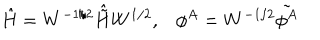
\hat { H } = W ^ { - 1 / 2 } \hat { \tilde { H } } W ^ { 1 / 2 } , \phi ^ { A } = W ^ { - 1 / 2 } \tilde { \phi ^ { A } }